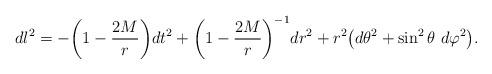
LaTeX: \begin{align*}d l^2 = - \bigg( 1 - \frac{2 M}r \bigg) d t^2 + \bigg( 1 - \frac{2 M}r \bigg)^{-1} d r^2 + r^2 \big( d \theta^2 + \sin^2 \theta \ d \varphi^2 \big).\end{align*}